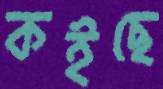
কইছে